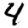
Digit: 4